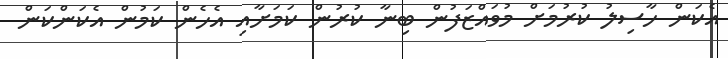
އެކަން ހާސިލު ކުރުމަށް މުވައްޒަފުން ބިނާ ކުރުން ކަމަށާއި އެހެން ކަމުން އެކަންކަން